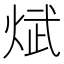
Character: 𪸵